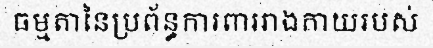
ធម្មតានៃប្រព័ន្ធការពាររាងកាយរបស់